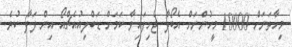
މިހާތަނަށް 10000 މީހުންނަށް އެބޯލާ ޖެހިފައިވާ ކަމަށް ޑަބްލިއުއެޗްއޯ އިން ލަފާ ކުރެ